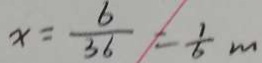
x = \frac { 6 } { 3 6 } = \frac { 1 } { 6 } m